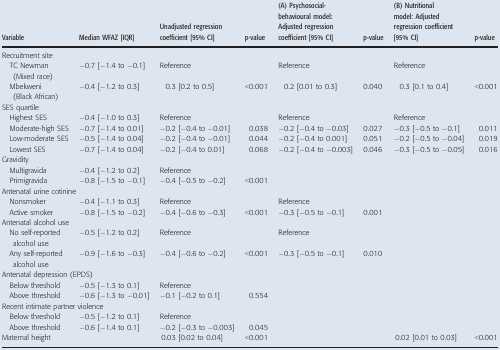
<table><thead><tr><td><b>Variable</b></td><td><b>Median WFAZ [IQR]</b></td><td><b>Unadjusted regression coefficient [95% CI]</b></td><td><b>p‐value</b></td><td><b>(A) Psychosocial‐behavioural model: Adjusted regression coefficient [95% CI]</b></td><td><b>p‐value</b></td><td><b>(B) Nutritional model: Adjusted regression coefficient [95% CI]</b></td><td><b>p‐value</b></td></tr></thead><tbody><tr><td colspan="8">Recruitment site</td></tr><tr><td>TC Newman (Mixed race)</td><td>−0.7 [−1.4 to −0.1]</td><td>Reference</td><td></td><td>Reference</td><td></td><td>Reference</td><td></td></tr><tr><td>Mbekweni (Black African)</td><td>−0.4 [−1.2 to 0.3]</td><td>0.3 [0.2 to 0.5]</td><td>&lt;0.001</td><td>0.2 [0.01 to 0.3]</td><td>0.040</td><td>0.3 [0.1 to 0.4]</td><td>&lt;0.001</td></tr><tr><td colspan="8">SES quartile</td></tr><tr><td>Highest SES</td><td>−0.4 [−1.0 to 0.3]</td><td>Reference</td><td></td><td>Reference</td><td></td><td>Reference</td><td></td></tr><tr><td>Moderate‐high SES</td><td>−0.7 [−1.4 to 0.01]</td><td>−0.2 [−0.4 to −0.01]</td><td>0.038</td><td>−0.2 [−0.4 to −0.03]</td><td>0.027</td><td>−0.3 [−0.5 to −0.1]</td><td>0.011</td></tr><tr><td>Low‐moderate SES</td><td>−0.5 [−1.4 to 0.04]</td><td>−0.2 [−0.4 to −0.01]</td><td>0.044</td><td>−0.2 [−0.4 to 0.001]</td><td>0.051</td><td>−0.2 [−0.5 to −0.04]</td><td>0.019</td></tr><tr><td>Lowest SES</td><td>−0.7 [−1.4 to 0.04]</td><td>−0.2 [−0.4 to 0.01]</td><td>0.068</td><td>−0.2 [−0.4 to −0.003]</td><td>0.046</td><td>−0.3 [−0.5 to −0.05]</td><td>0.016</td></tr><tr><td colspan="8">Gravidity</td></tr><tr><td>Multigravida</td><td>−0.4 [−1.2 to 0.2]</td><td>Reference</td><td></td><td></td><td></td><td></td><td></td></tr><tr><td>Primigravida</td><td>−0.8 [−1.5 to −0.1]</td><td>−0.4 [−0.5 to −0.2]</td><td>&lt;0.001</td><td></td><td></td><td></td><td></td></tr><tr><td colspan="8">Antenatal urine cotinine</td></tr><tr><td>Nonsmoker</td><td>−0.4 [−1.1 to 0.3]</td><td>Reference</td><td></td><td>Reference</td><td></td><td></td><td></td></tr><tr><td>Active smoker</td><td>−0.8 [−1.5 to −0.2]</td><td>−0.4 [−0.6 to −0.3]</td><td>&lt;0.001</td><td>−0.3 [−0.5 to −0.1]</td><td>0.001</td><td></td><td></td></tr><tr><td colspan="8">Antenatal alcohol use</td></tr><tr><td>No self‐reported alcohol use</td><td>−0.5 [−1.2 to 0.2]</td><td>Reference</td><td></td><td>Reference</td><td></td><td></td><td></td></tr><tr><td>Any self‐reported alcohol use</td><td>−0.9 [−1.6 to −0.3]</td><td>−0.4 [−0.6 to −0.2]</td><td>&lt;0.001</td><td>−0.3 [−0.5 to −0.1]</td><td>0.010</td><td></td><td></td></tr><tr><td colspan="8">Antenatal depression (EPDS)</td></tr><tr><td>Below threshold</td><td>−0.5 [−1.3 to 0.1]</td><td>Reference</td><td></td><td></td><td></td><td></td><td></td></tr><tr><td>Above threshold</td><td>−0.6 [−1.3 to −0.01]</td><td>−0.1 [−0.2 to 0.1]</td><td>0.554</td><td></td><td></td><td></td><td></td></tr><tr><td colspan="8">Recent intimate partner violence</td></tr><tr><td>Below threshold</td><td>−0.5 [−1.2 to 0.1]</td><td>Reference</td><td></td><td></td><td></td><td></td><td></td></tr><tr><td>Above threshold</td><td>−0.6 [−1.4 to 0.1]</td><td>−0.2 [−0.3 to −0.003]</td><td>0.045</td><td></td><td></td><td></td><td></td></tr><tr><td>Maternal height</td><td></td><td>0.03 [0.02 to 0.04]</td><td>&lt;0.001</td><td></td><td></td><td>0.02 [0.01 to 0.03]</td><td>&lt;0.001</td></tr></tbody></table>